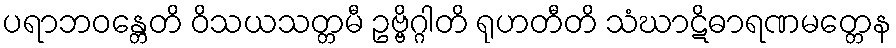
ပရာဘဝန္တေတိ ဝိသယသတ္တမီ ဥဗ္ဗိဂ္ဂါတိ ရုဟတီတိ သံဃာဋိဓာရဏမတ္တေန